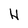
Character: H